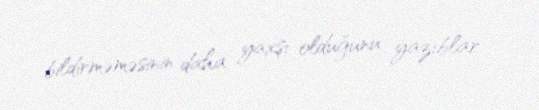
bildirməməsinin daha yaxşı olduğunu yazıblar.